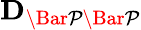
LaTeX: \mathbf{D_{\mathcal{\Bar{P}\Bar{P}}}}